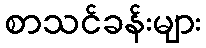
စာသင်ခန်းများ